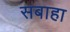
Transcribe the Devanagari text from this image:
सबाहा